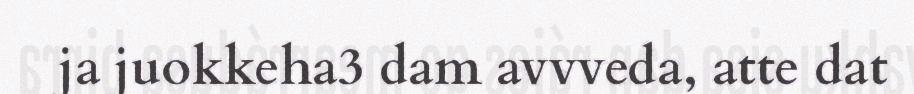
ja juokkeha3 dam avvveda, atte dat